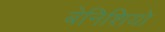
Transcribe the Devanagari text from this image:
बेनिशियो